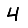
Digit: 4